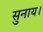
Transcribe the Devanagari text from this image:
सुनाय।